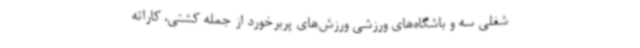
شغلی سه و باشگاه‌های ورزشی ورزش‌های پربرخورد از جمله کشتی، کاراته